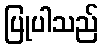
ပြုပါသည်